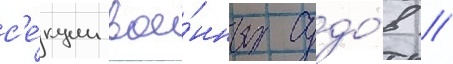
с'е́кции вое́нных судо́в //